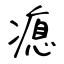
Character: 瘜